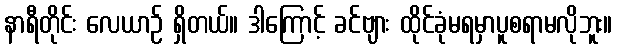
နာရီတိုင်း လေယာဉ် ရှိတယ်။ ဒါကြောင့် ခင်ဗျား ထိုင်ခုံမရမှာပူစရာမလိုဘူး။